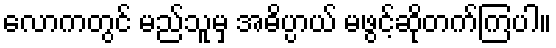
လောကတွင် မည်သူမှ အဓိပ္ပာယ် မဖွင့်ဆိုတက်ကြပါ။